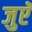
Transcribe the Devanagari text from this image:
जुएॅ